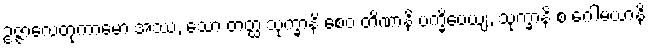
ဥဇ္ဇာလေတုကာမော အဿ, သော တတ္ထ သုက္ခာနိ စေဝ တိဏာနိ ပက္ခိပေယျ, သုက္ခာနိ စ ဂေါမယာနိ